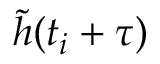
\tilde { h } ( t _ { i } + \tau )